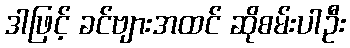
ဒါဖြင့် ခင်ဗျားအထင် ဆိုစမ်းပါဦး